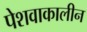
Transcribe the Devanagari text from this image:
पेशवाकालीन